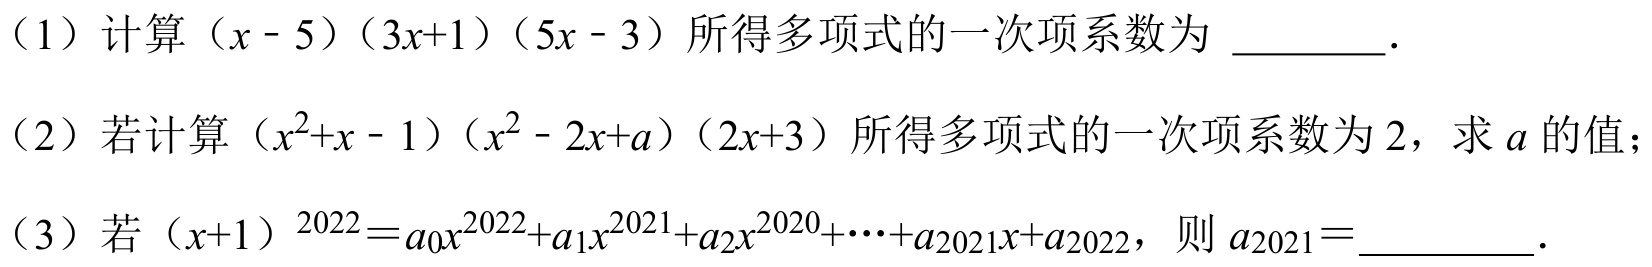
（1）计算 \((x - 5)(3x + 1)(5x - 3)\)所得多项式的一次项系数为 \(\underline{\quad\quad}\).
（2）若计算 \((x^{2}+x - 1)(x^{2}-2x + a)(2x + 3)\)所得多项式的一次项系数为 \(2\)，求 \(a\)的值；
（3）若 \((x + 1)^{2022}=a_{0}x^{2022}+a_{1}x^{2021}+a_{2}x^{2020}+\cdots+a_{2021}x + a_{2022}\)，则 \(a_{2021}=\underline{\quad\quad}\).